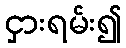
ငှားရမ်း၍